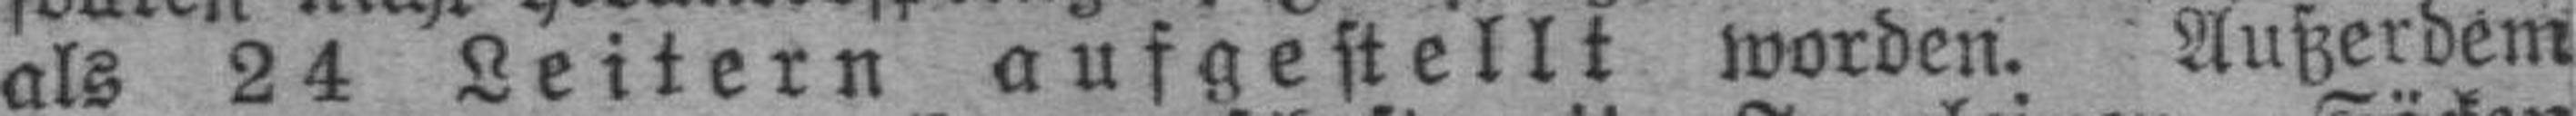
als 24 Leitern aufgestellt worden. Außerdem